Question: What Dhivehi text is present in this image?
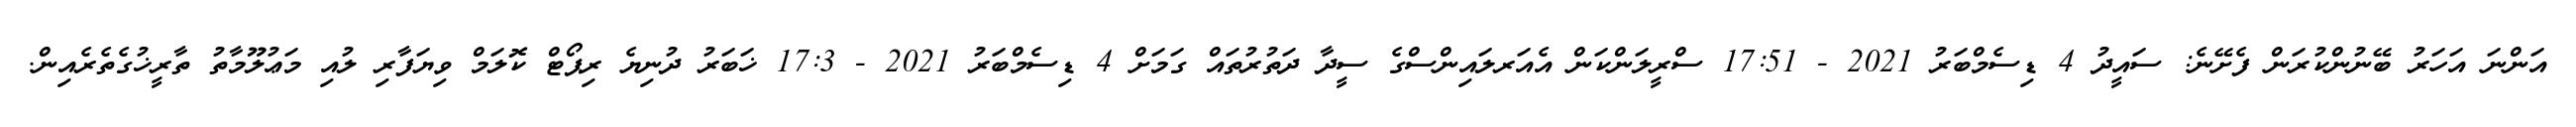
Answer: އަންނަ އަހަރު ބޭނުންކުރަން ފެށޭނެ: ސައީދު 4 ޑިސެމްބަރު 2021 - 17:51 ސްރީލަންކަން އެއަރލައިންސްގެ ސީދާ ދަތުރުތައް ގަމަށް 4 ޑިސެމްބަރު 2021 - 17:3 ޚަބަރު ދުނިޔެ ރިޕޯޓް ކޮލަމް ވިޔަފާރި ލުއި މަޢުލޫމާތު ތާރީޚުގެތެރެއިން.